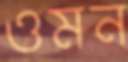
ওমন